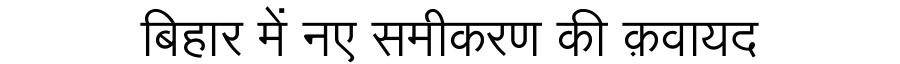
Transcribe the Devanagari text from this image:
बिहार में नए समीकरण की क़वायद